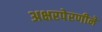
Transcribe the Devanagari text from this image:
अक्षरपेरणीने